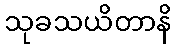
သုခသယိတာနိ